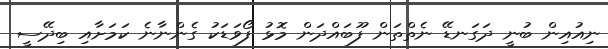
ނިއުއިން ބުނީ ދަގަނޑޭ ނެތްތަން ފޫބައްދަން މޮޅު ފޯވަޑަކު ގެންނާނެ ކަމަށާއި ބިދޭސީ